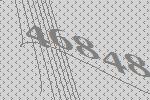
46848